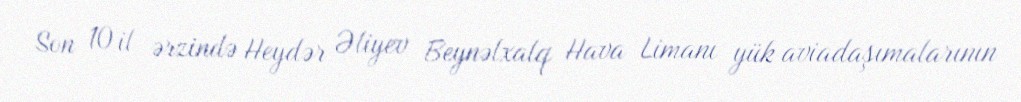
Son 10 il ərzində Heydər Əliyev Beynəlxalq Hava Limanı yük aviadaşımalarının